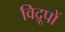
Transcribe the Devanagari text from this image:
विद्रूपों